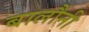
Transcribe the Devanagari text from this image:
बालौनी